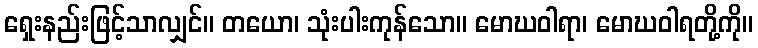
ရှေးနည်းဖြင့်သာလျှင်။ တယော၊ သုံးပါးကုန်သော။ မောဃဝါရာ၊ မောဃဝါရတို့ကို။